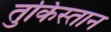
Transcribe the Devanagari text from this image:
तुर्किस्‍तान